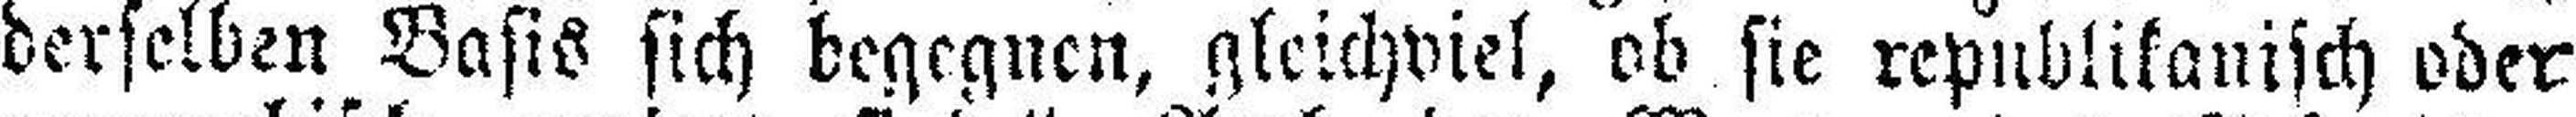
derselben Basis sich begegnen, gleichviel, ob sie republikanisch oder